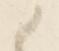
候